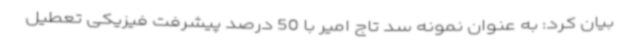
بیان کرد: به عنوان نمونه سد تاج امیر با 50 درصد پیشرفت فیزیکی تعطیل